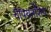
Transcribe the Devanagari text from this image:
चॅंपियनशिप